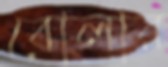
বোলার